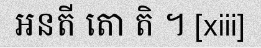
អនតី តោ តិ ។ [xiii]